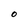
Character: O